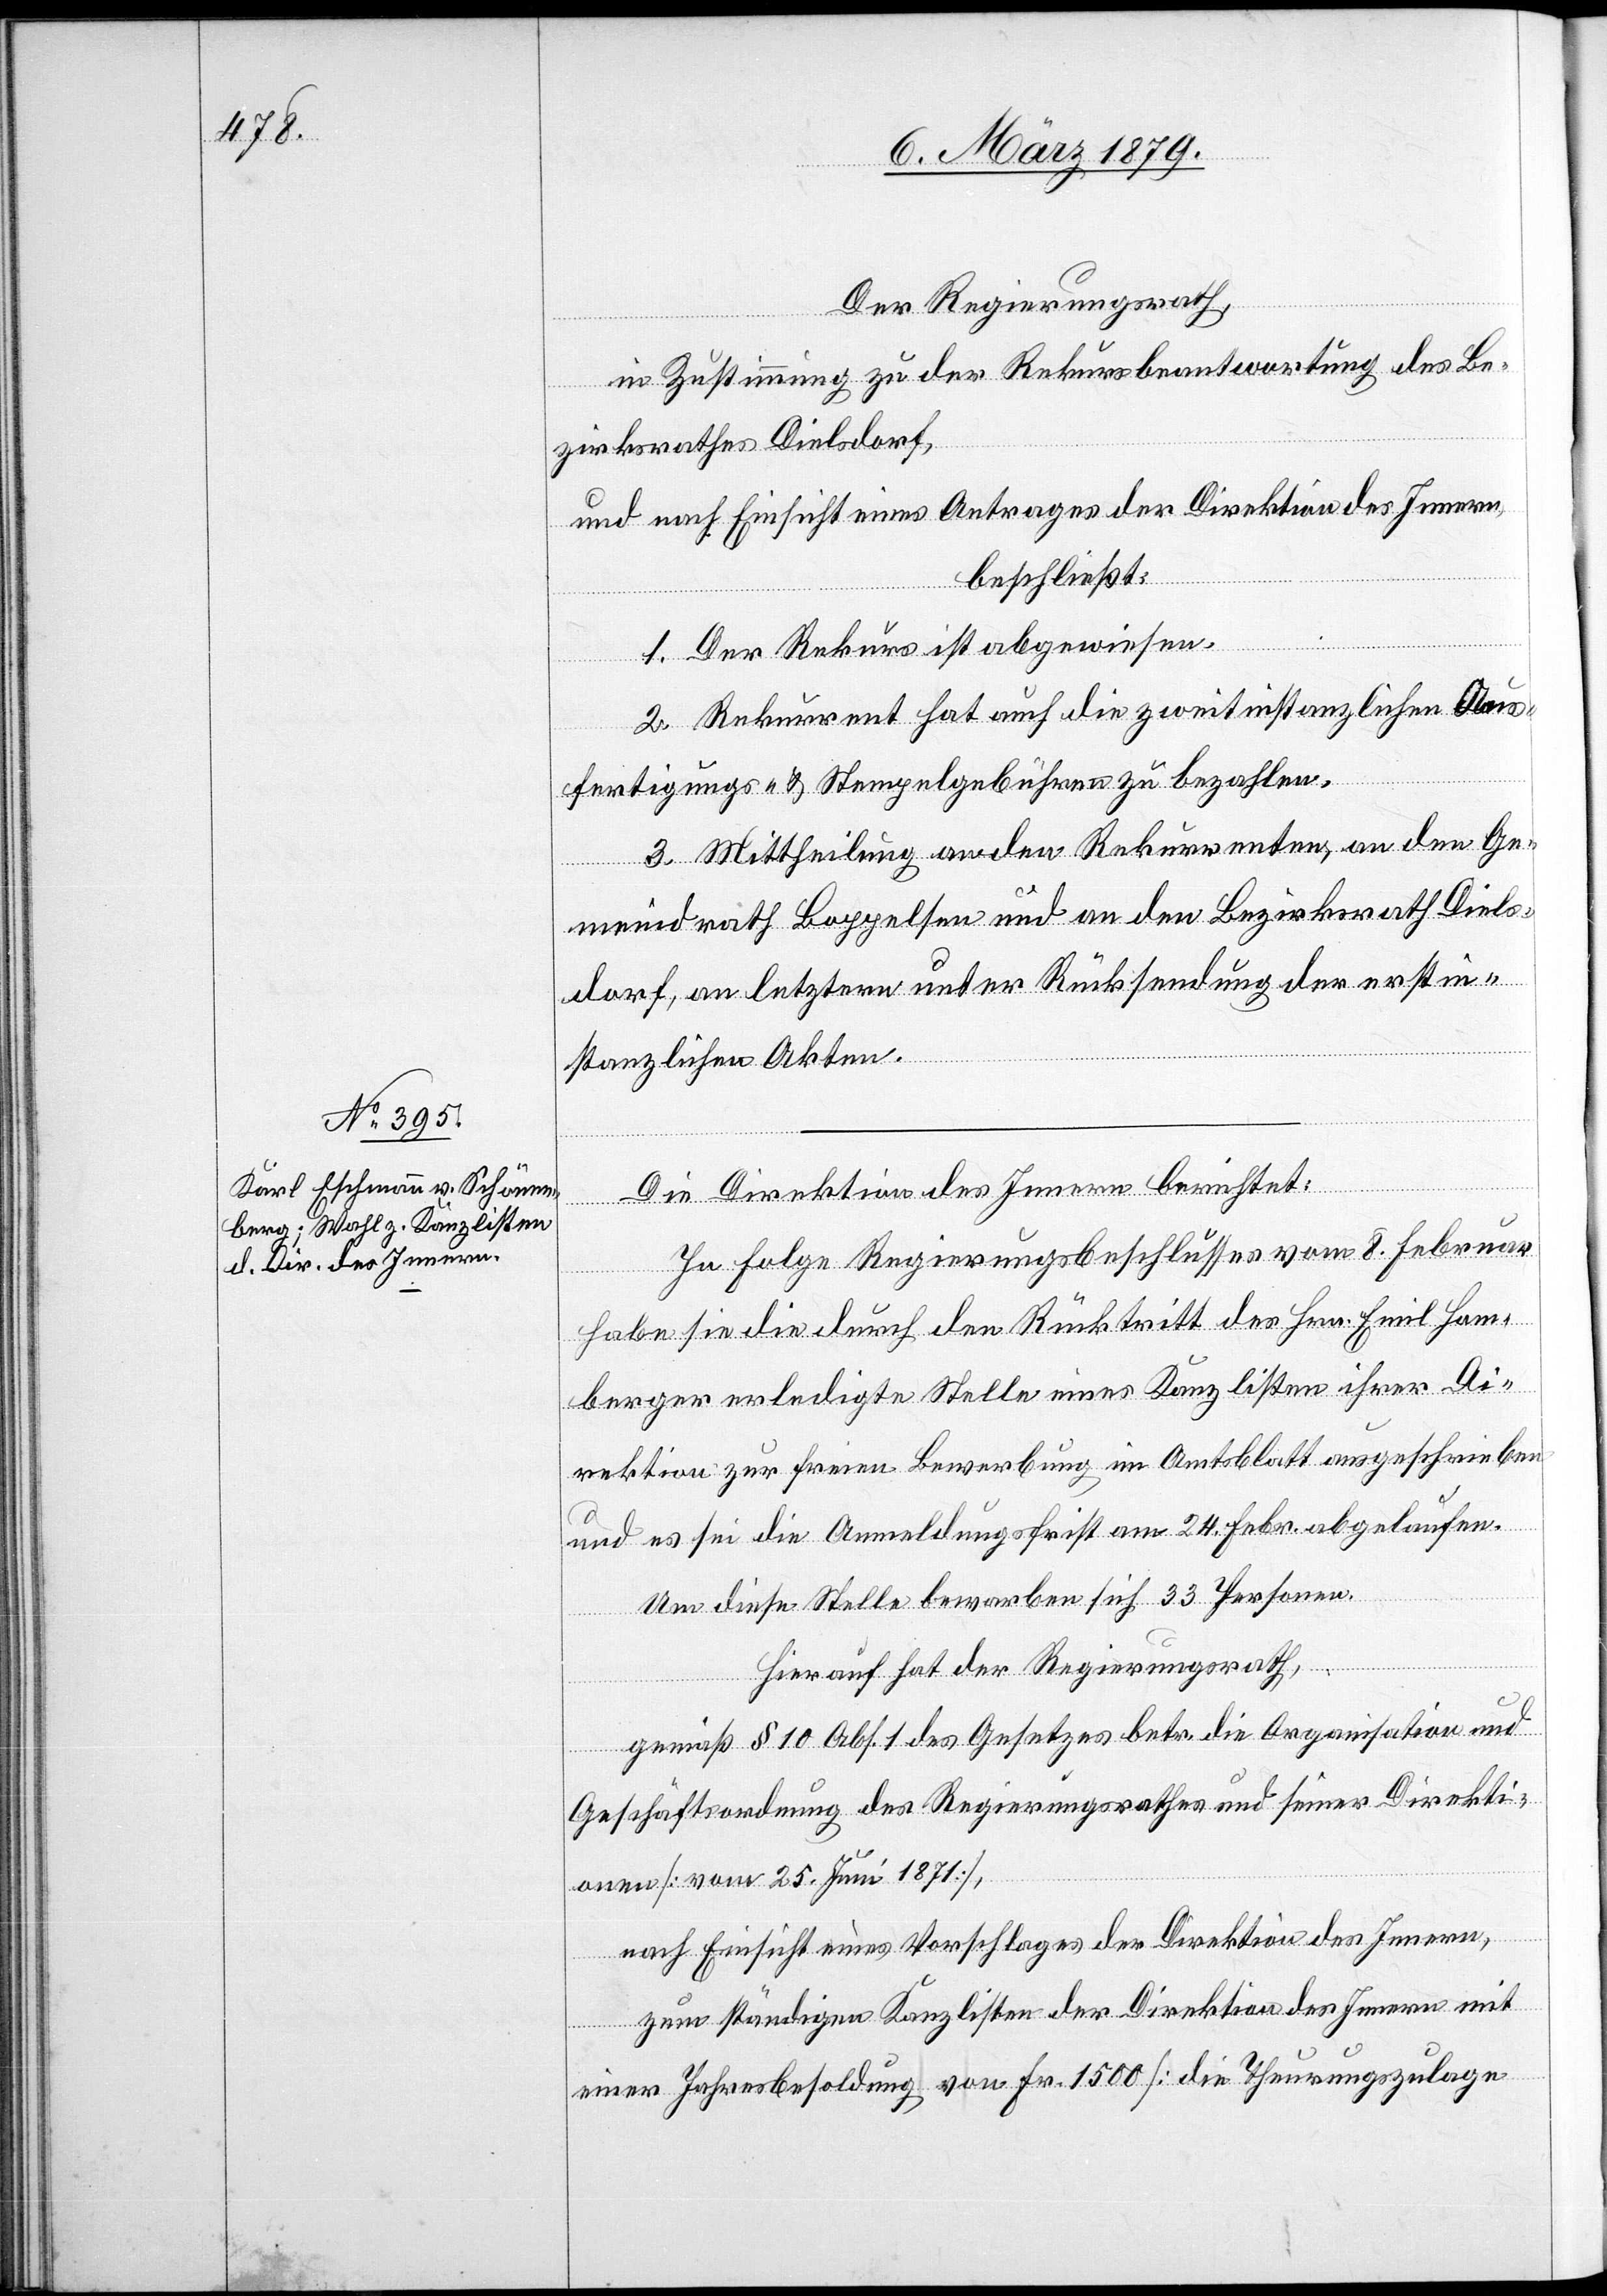
Der Regierungsrath,
in Zustimmung zu der Rekursbeantwortung des Be¬
zirksrathes Dielsdorf,
und nach Einsicht eines Antrages der Direktion des Innern,
beschließt:
1. Der Rekurs ist abgewiesen.
2. Rekurrent hat auch die zweitinstanzlichen Aus¬
fertigungs- & Stempelgebühren zu bezahlen.
3. Mittheilung an den Rekurrenten, an den Ge¬
meindrath Boppelsen und an den Bezirksrath Diels¬
dorf, an letztern unter Rücksendung der erstin¬
stanzlichen Akten.
In Folge Regierungsbeschlusses vom 8. Februar
habe sie die durch den Rücktritt des Hrn. Emil Hom¬
berger erledigte Stelle eines Kanzlisten ihrer Di¬
rektion zur freien Bewerbung im Amtsblatt ausgeschrieben
und es sei die Anmeldungsfrist am 24. Febr. abgelaufen.
Um diese Stelle bewarben sich 33 Personen.
Hierauf hat der Regierungsrath,
gemäß § 10 Abs. 1 des Gesetzes betr. die Organisation und
Geschäftsordnung des Regierungsrathes und seiner Direkti¬
onen [vom 25. Juni 1871],
nach Einsicht eines Vorschlages der Direktion des Innern,
zum ständigen Kanzlisten der Direktion des Innern mit
einer Jahresbesoldung von Fr. 1500 [die Theurungszulage